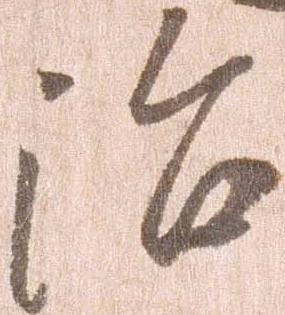
治